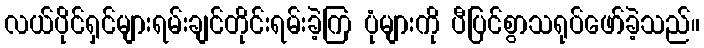
လယ်ပိုင်ရှင်များရမ်းချင်တိုင်းရမ်းခဲ့ကြ ပုံများကို ပီပြင်စွာသရုပ်ဖော်ခဲ့သည်။